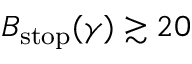
B _ { \mathrm { s t o p } } ( \gamma ) \gtrsim 2 0